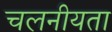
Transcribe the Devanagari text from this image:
चलनीयता